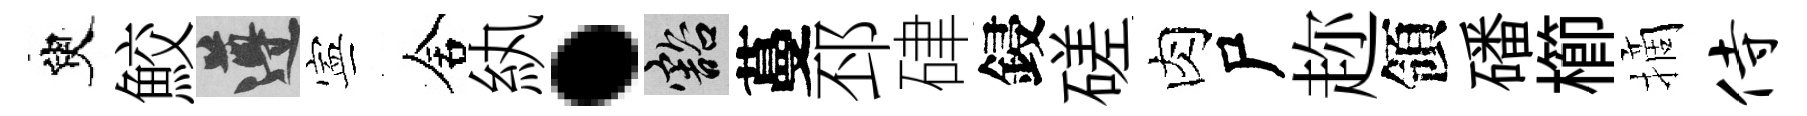
臾鮫遵寕舍紈·豁蔓邳硉鋟磋肉尸趂領磻櫛摘侍